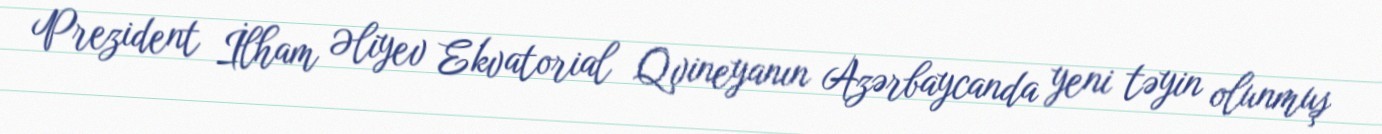
Prezident İlham Əliyev Ekvatorial Qvineyanın Azərbaycanda yeni təyin olunmuş